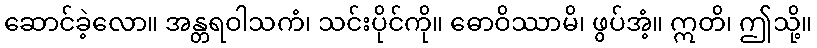
ဆောင်ခဲ့လော။ အန္တရဝါသကံ၊ သင်းပိုင်ကို။ ဓောဝိဿာမိ၊ ဖွပ်အံ့။ ဣတိ၊ ဤသို့။